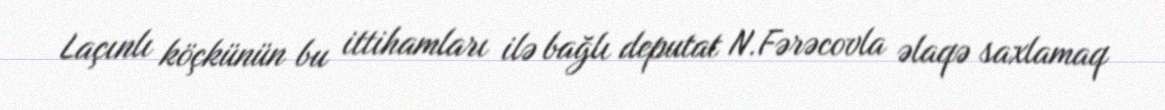
Laçınlı köçkünün bu ittihamları ilə bağlı deputat N.Fərəcovla əlaqə saxlamaq